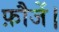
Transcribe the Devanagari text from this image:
फ़ौजें।